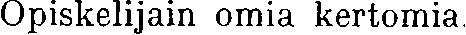
Opiskelijain omia kertomia.